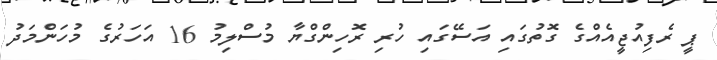
ޕީ ރެފިއުޖީއެއްގެ ގޮތުގައި އަސޭގައި ހުރި ރޮހިންގްޔާ މުސްލިމު 16 އަހަރުގެ މުހަންމަދު